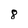
Character: 8